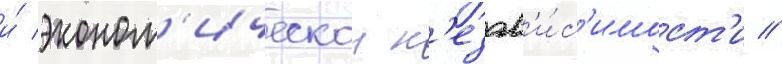
и́ эконом'ическои н'езав'и́с'имост'и //